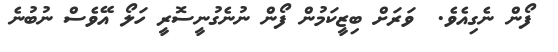
ފޯން ނެގިއެވެ.  ވަރަށް ބިޒީކަމުން ފޯން ނުނެގުނީސޮރީ ހަލޯ އޭވެސް ނުބުނެ